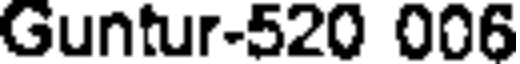
Guntur-520 006